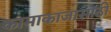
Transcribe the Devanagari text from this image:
कामाकाजासाठी